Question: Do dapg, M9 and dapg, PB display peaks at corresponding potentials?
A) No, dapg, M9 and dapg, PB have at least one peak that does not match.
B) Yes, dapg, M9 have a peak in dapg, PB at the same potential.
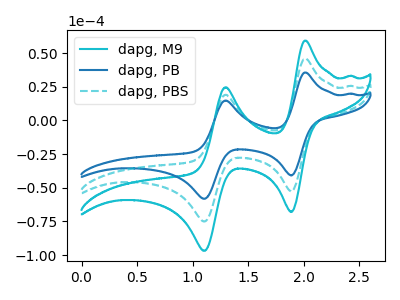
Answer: <think>The cyan curve "dapg, M9" has anodic peaks at (2.00V, 91.90uA) (1.30V, 38.25uA) and cathodic peaks at (1.90V, -105.25uA) (1.10V, -150.05uA). The blue curve "dapg, PB" has anodic peaks at (2.00V, 35.60uA) (1.30V, 14.80uA) and cathodic peaks at (1.90V, -40.80uA) (1.10V, -58.15uA). The cyan dashed curve "dapg, PBS" has anodic peaks at (2.00V, 45.95uA) (1.30V, 19.10uA) and cathodic peaks at (1.90V, -52.65uA) (1.10V, -75.00uA).</think>
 <answer>B) Yes, "dapg, M9" have a peak in "dapg, PB" at the same potential.</answer>
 <eval>B</eval>